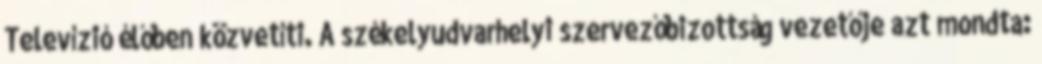
Televízió élőben közvetíti. A székelyudvarhelyi szervezőbizottság vezetője azt mondta: